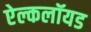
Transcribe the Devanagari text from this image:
ऐल्कलॉयड